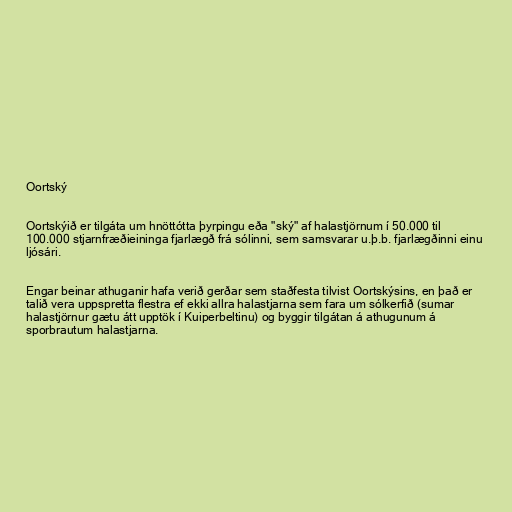
Oortský

Oortskýið er tilgáta um hnöttótta þyrpingu eða "ský" af halastjörnum í 50.000 til
100.000 stjarnfræðieininga fjarlægð frá sólinni, sem samsvarar u.þ.b. fjarlægðinni einu
ljósári.

Engar beinar athuganir hafa verið gerðar sem staðfesta tilvist Oortskýsins, en það er
talið vera uppspretta flestra ef ekki allra halastjarna sem fara um sólkerfið (sumar
halastjörnur gætu átt upptök í Kuiperbeltinu) og byggir tilgátan á athugunum á
sporbrautum halastjarna.